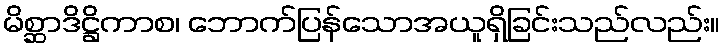
မိစ္ဆာဒိဋ္ဌိကာစ၊ ဘောက်ပြန်သောအယူရှိခြင်းသည်လည်း။